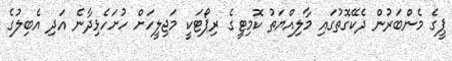
ޕީގެ މެންބަރުން ދެކޭގޮތުގައި މާލިއްޔަތު ކޮމިޓީގެ ރިޕޯޓަކީ މަޖިލީހަށް ހުށަހެޅިދާނެ އަދި އެބިލުގެ